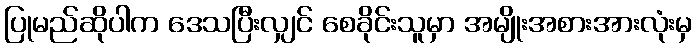
ပြုမည်ဆိုပါက ဒေသပြီးလျှင် စေခိုင်းသူမှာ အမျိုးအစားအားလုံးမှ